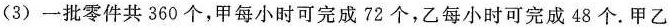
(3) 一批零件共 360 个，甲每小时可完成 72 个，乙每小时可完成 48 个. 甲乙